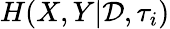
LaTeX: H(X,Y|\mathcal{D},\tau_{i})